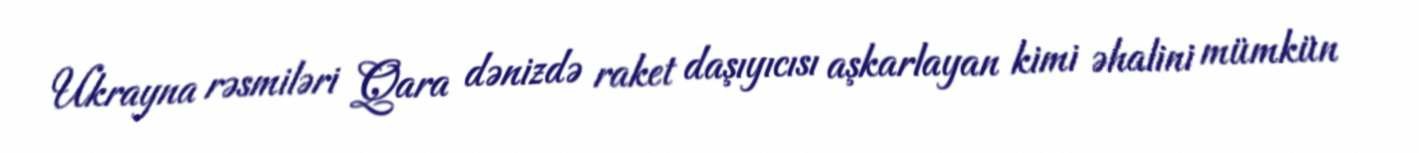
Ukrayna rəsmiləri Qara dənizdə raket daşıyıcısı aşkarlayan kimi əhalini mümkün